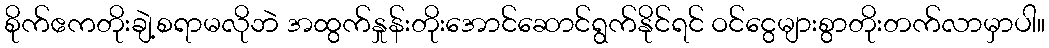
စိုက်ဧကတိုးချဲ့စရာမလိုဘဲ အထွက်နှုန်းတိုးအောင်ဆောင်ရွက်နိုင်ရင် ဝင်ငွေများစွာတိုးတက်လာမှာပါ။